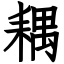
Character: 耦